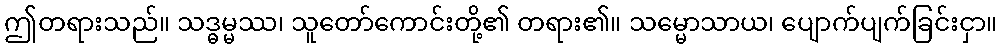
ဤတရားသည်။ သဒ္ဓမ္မဿ၊ သူတော်ကောင်းတို့၏ တရား၏။ သမ္မောသာယ၊ ပျောက်ပျက်ခြင်းငှာ။